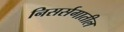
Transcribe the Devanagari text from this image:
निसर्सगातील